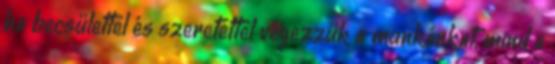
ha becsülettel és szeretettel végezzük a munkánkat, mind a